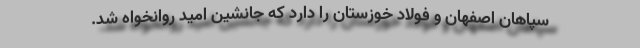
سپاهان اصفهان و فولاد خوزستان را دارد که جانشین امید روانخواه شد.